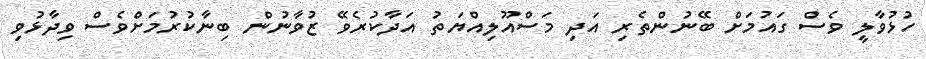
ހުޅުވާލީ ވެސް ގައުމަށް ބޭނުންތެރި އަދި މަސްއޫލިއްޔަތު އަދާކުރެވޭ ޒުވާނުން ބިނާކުރުމަށްވެސް ވިދާޅުވި